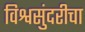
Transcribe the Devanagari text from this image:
विश्वसुंदरीचा